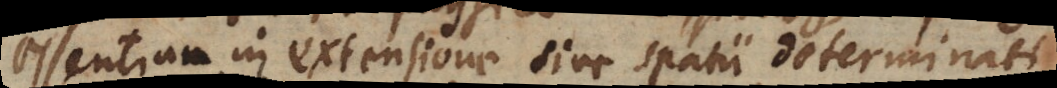
essentiam in extensione sive spatii determinati